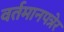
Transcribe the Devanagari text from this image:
वर्तमानपत्रेर